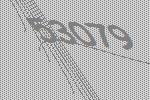
53079